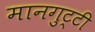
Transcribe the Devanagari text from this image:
मानगुट्टी